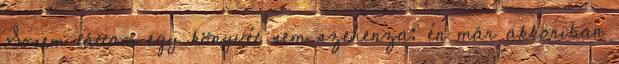
Sosem láttam egy könyvét sem szehenza: én már akkoriban